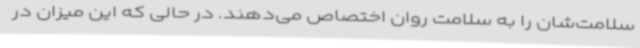
سلامت‌شان را به سلامت روان اختصاص می‌دهند. در حالی که این میزان در